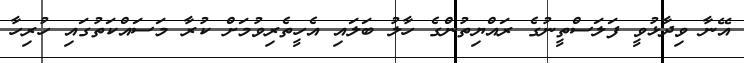
އޭނާ ވިދާޅުވީ ފަލަސްތީނުގެ ރައްޔިތުންގެ ހާލު ބަލައި އެހީތެރިވުމަށް ކުރާ މަސައްކަތުގައި ހުރިހާ